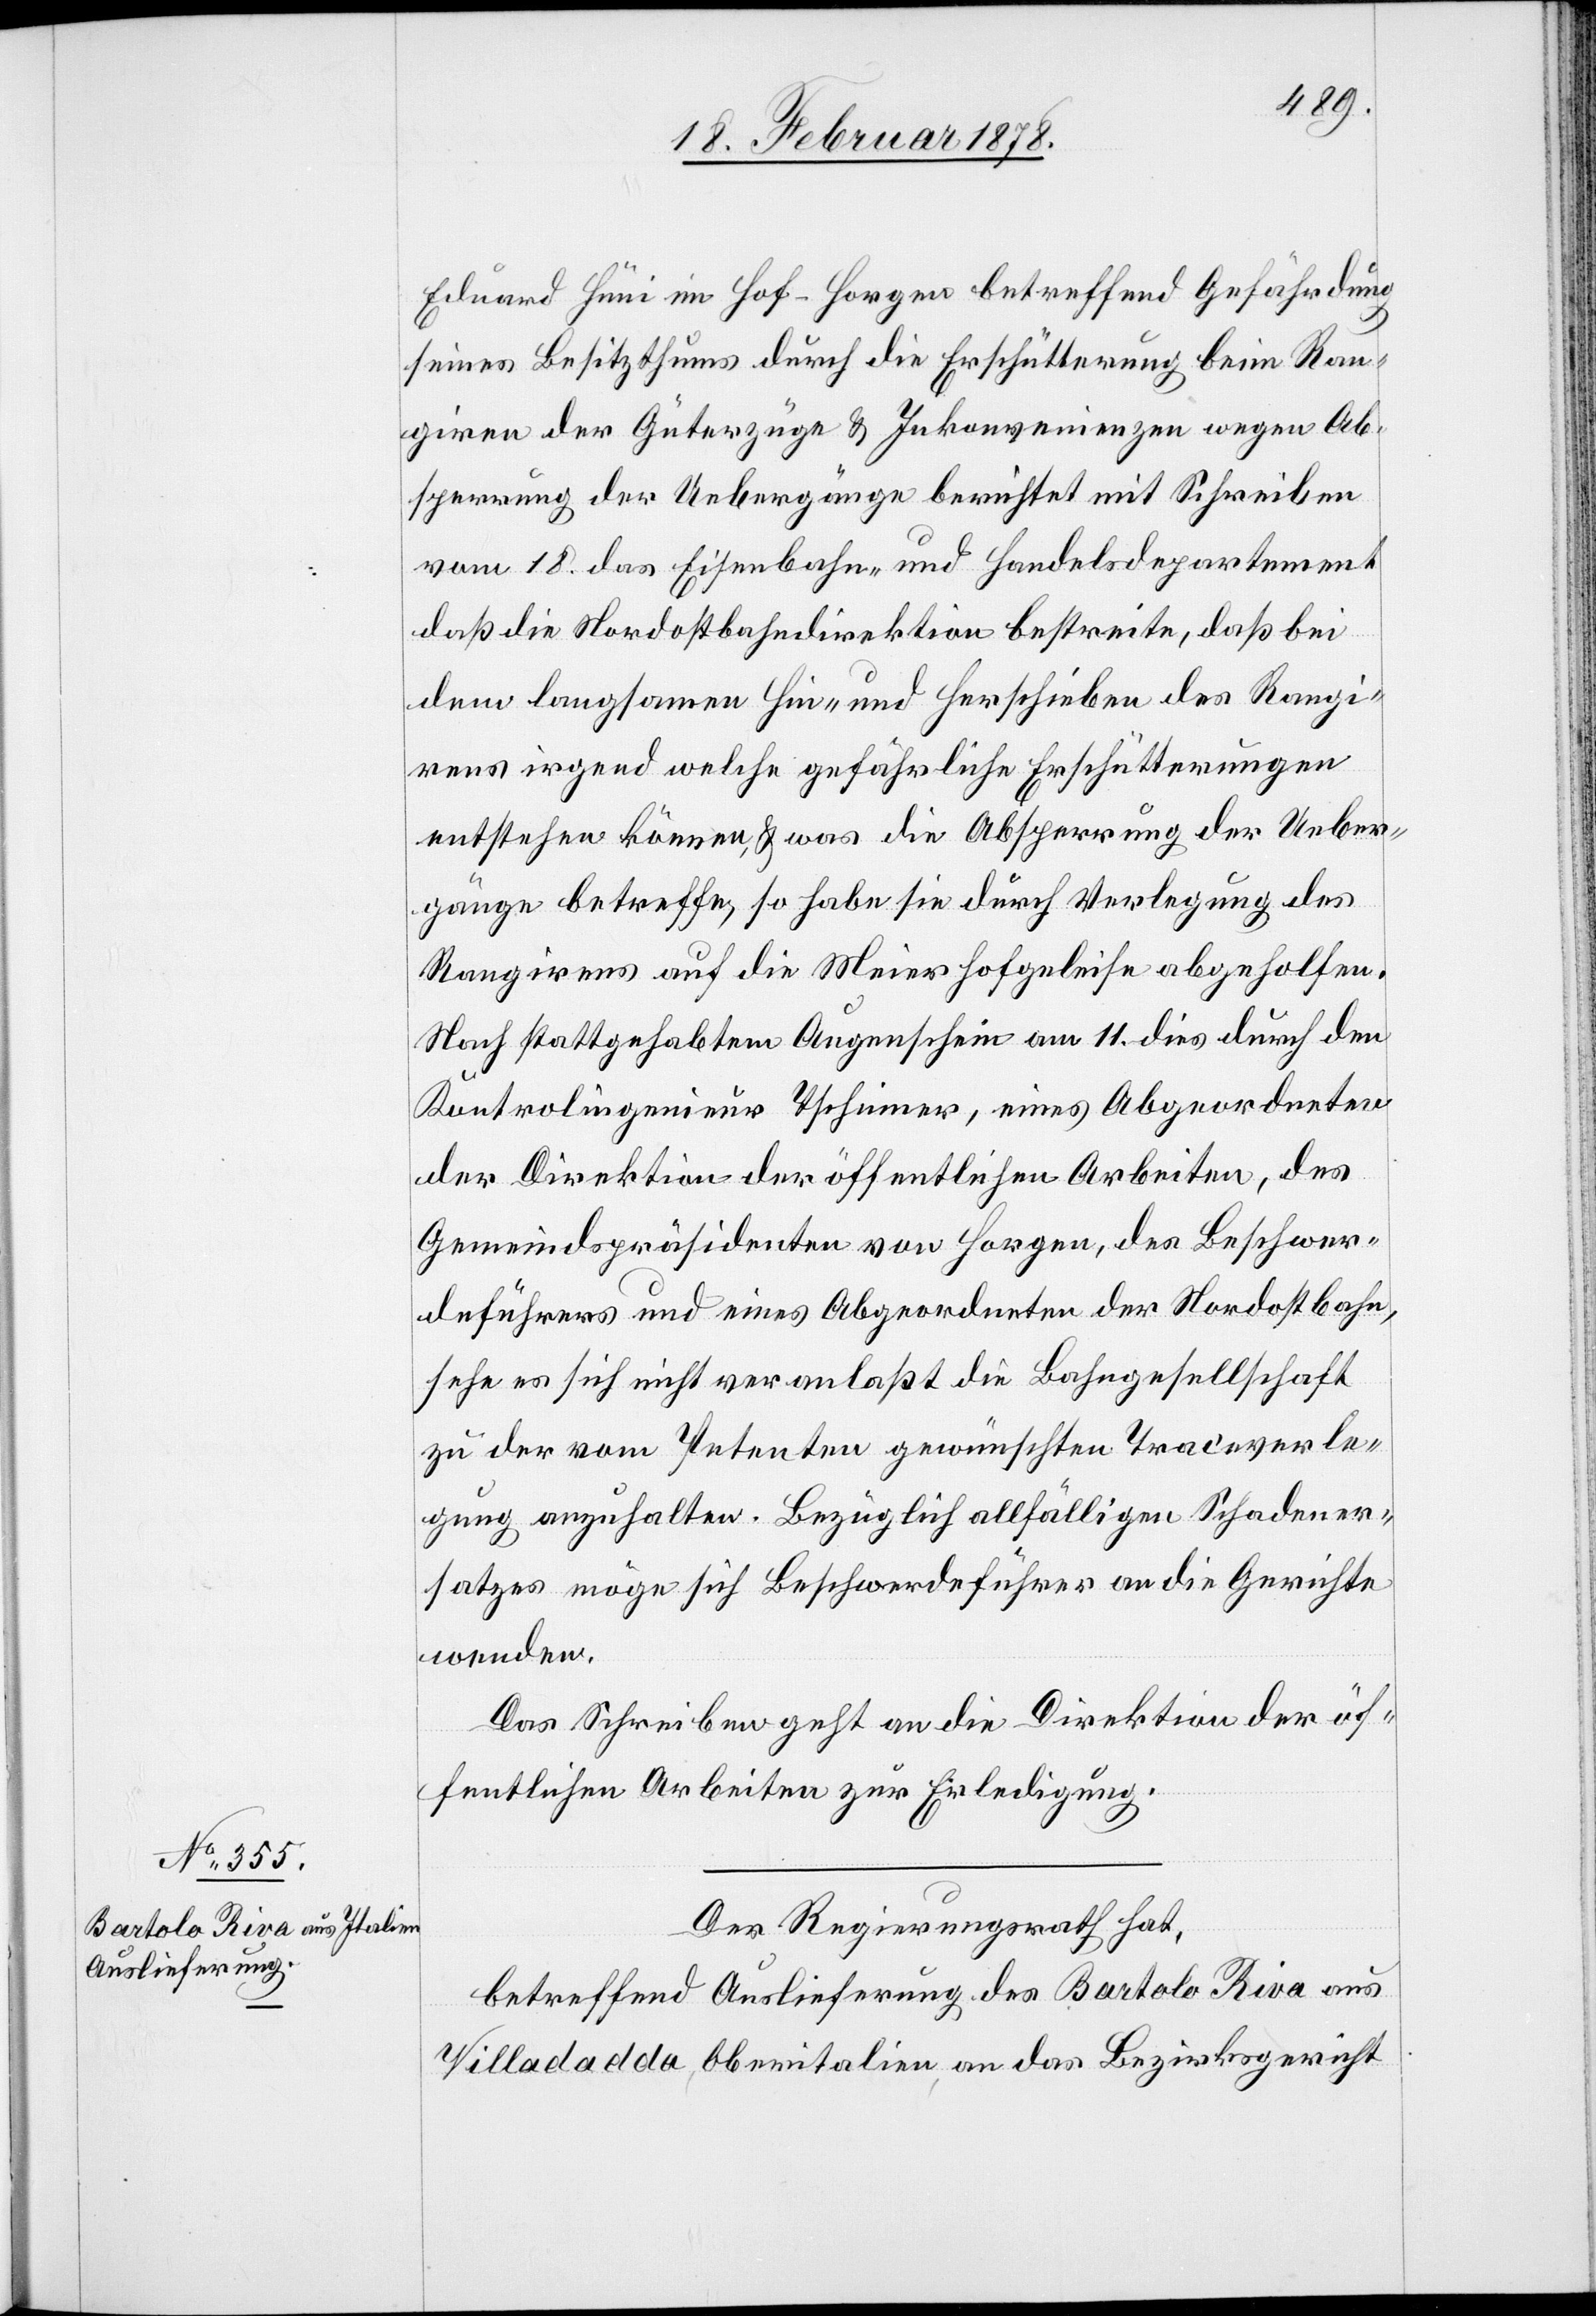
20. Februar 1878.]
Eduard Hüni im Hof - Horgen betreffend Gefährdung
seines Besitzthums durch die Erschütterung beim Ran¬
gieren der Güterzüge & Inkonvenienzen wegen Ab¬
sperrung der Uebergänge berichtet mit Schreiben
vom 18. das Eisenbahn- und Handelsdepartement
daß die Nordostbahndirektion bestreite, daß bei
dem langsamen Hin- und Herschieben des Rangie¬
rens irgend welche gefährliche Erschütterungen
entstehen können & was die Absperrung der Ueber¬
gänge betreffe, so habe sie durch Verlegung des
Rangierens auf die Meierhofgeleise abgeholfen.
Nach stattgehabtem Augenschein am 11. dies durch den
Kontrolingenieur Tschirner, eines Abgeordneten
der Direktion der öffentlichen Arbeiten, des
Gemeindspräsidenten von Horgen, des Beschwer¬
deführers und eines Abgeordneten der Nordostbahn,
sehe er sich nicht veranlaßt die Bahngesellschaft
zu der vom Petenten gewünschte Traceverle¬
gung anzuhalten. Bezüglich allfälligen Schadener¬
satzes möge sich Beschwerdeführer an die Gerichte
wenden.
Das Schreiben geht an die Direktion der öf¬
fentlichen Arbeiten zur Erledigung.
Der Regierungsrath hat,
betreffend Auslieferung des Bartolo Riva aus
Villadadda, Oberitalien, an das Bezirksgericht